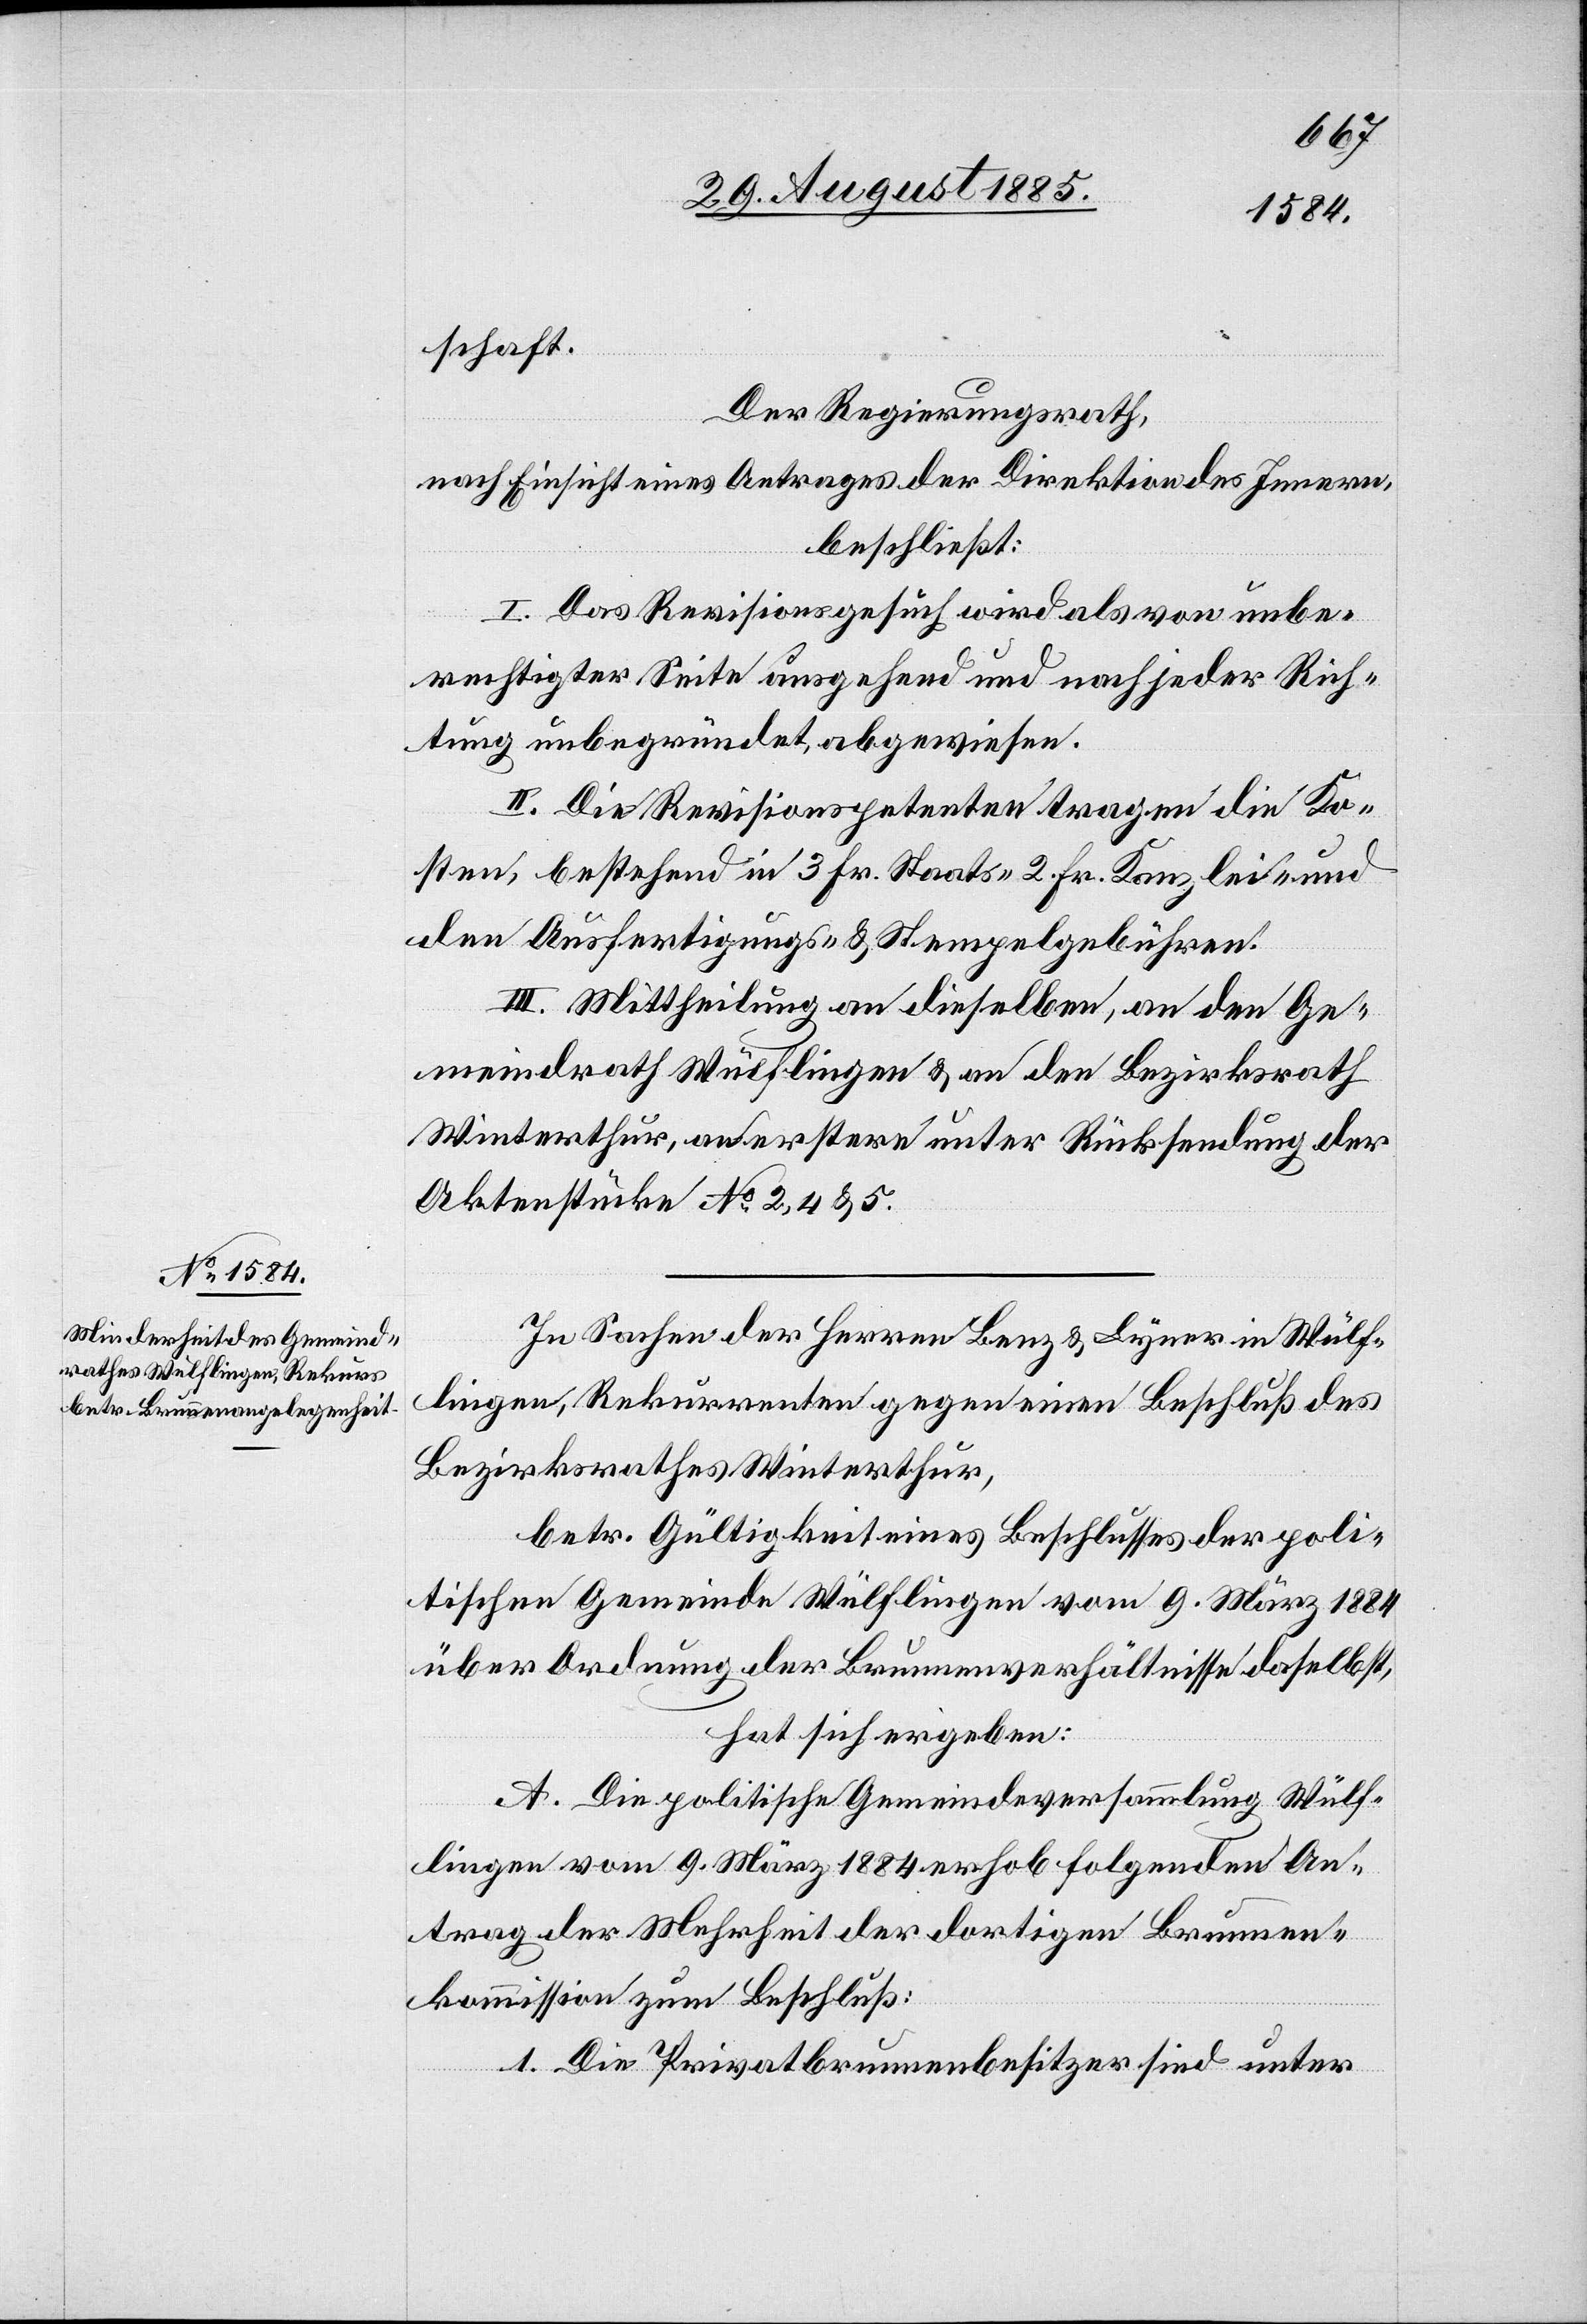
schaft.
Der Regierungsrath,
nach Einsicht eines Antrages der Direktion des Innern,
beschließt:
I. Das Revisionsgesuch wird als von unbe¬
rechtigter Seite ausgehend und nach jeder Rich¬
tung unbegründet, abgewiesen.
II. Die Revisionspetenten tragen die Ko¬
sten, bestehend in 3 Fr. Staats- 2 Fr. Kanzlei- und
den Ausfertigungs- & Stempelgebühren.
III. Mittheilung an dieselben, an den Ge¬
meindrath Wülflingen & an den Bezirksrath
Winterthur, an erstern unter Rücksendung der
Aktenstücke No 2, 4 & 5.
In Sachen der Herren Benz & Lyner in Wülf¬
lingen, Rekurrenten gegen einen Beschluß des
Bezirksrathes Winterthur,
betr. Gültigkeit eines Beschlusses der poli¬
tischen Gemeinde Wülflingen vom 9. März 1884
über Ordnung der Brunnenverhältnisse daselbst,
hat sich ergeben:
A. Die politische Gemeindeversammlung Wülf¬
lingen vom 9. März 1884 erhob folgenden An¬
trag der Mehrheit der dortigen Brunnen¬
kommission zum Beschluß:
1. Die Privatbrunnenbesitzer sind unter